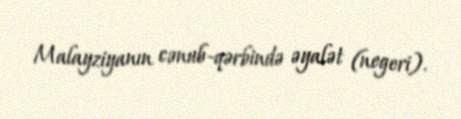
Malayziyanın cənub-qərbində əyalət (negeri).